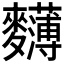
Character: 𪎄